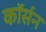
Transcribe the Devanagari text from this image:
कॉर्सन